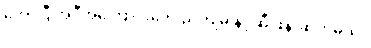
တော်ပြီ အဲဒီအကြောင်းတွေ ညကျမှ နင့်ဆီ ဖုန်းဆက်မယ်။